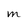
Character: M